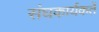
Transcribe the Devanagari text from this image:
संघकार्यकर्ते